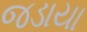
જડાયા